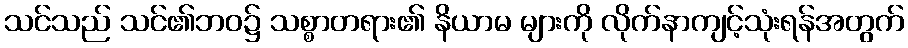
သင်သည် သင်၏ဘဝ၌ သစ္စာတရား၏ နိယာမ များကို လိုက်နာကျင့်သုံးရန်အတွက်